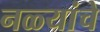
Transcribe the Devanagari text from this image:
नळ्यांचे